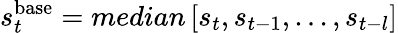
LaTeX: s_{t}^{\mathrm{base}}=median\left[s_{t},s_{t-1},...,s_{t-l}\right]